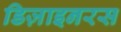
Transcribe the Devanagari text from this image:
डिज़ाइनरस